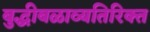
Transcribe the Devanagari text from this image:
बुद्धीबळाव्यतिरिक्त